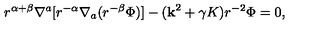
r ^ { \alpha + \beta } \nabla ^ { a } [ r ^ { - \alpha } \nabla _ { a } ( r ^ { - \beta } \Phi ) ] - ( { \bf k } ^ { 2 } + \gamma K ) r ^ { - 2 } \Phi = 0 ,